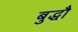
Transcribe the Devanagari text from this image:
बुद्धौ